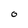
Character: 0